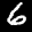
Label: 6